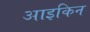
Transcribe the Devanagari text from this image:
आइकिन